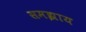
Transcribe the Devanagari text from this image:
समझाय